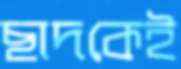
ছাদকেই